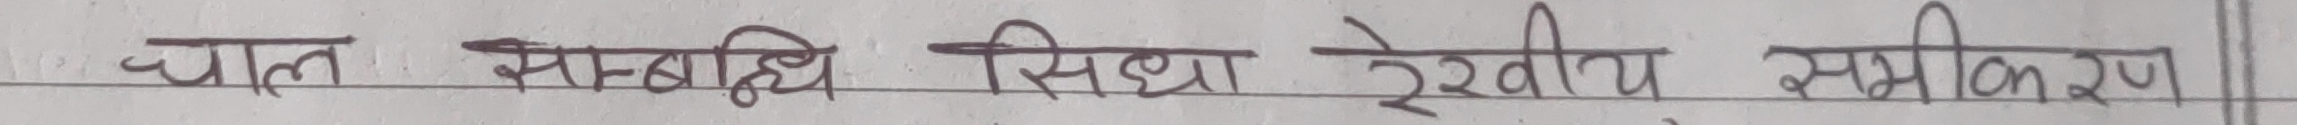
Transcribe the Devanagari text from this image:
चल सम्बन्धि सिधा रेखीय समीकरण